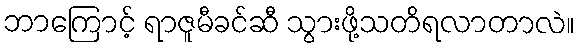
ဘာကြောင့် ရာဇူမီခင်ဆီ သွားဖို့သတိရလာတာလဲ။